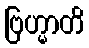
ဗြဟ္မာတိ